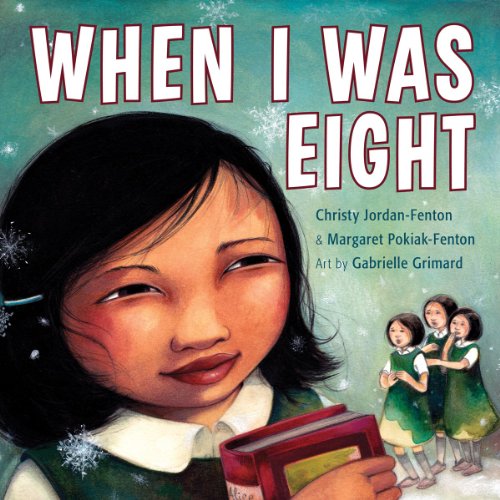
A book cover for When I Was Eight; Christy Jordan-Fenton; Children's Books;